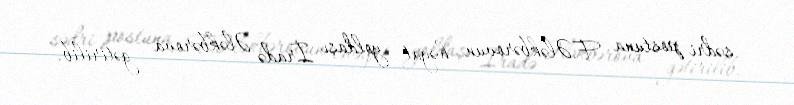
sədri postuna F.Ələkbərovun həyat yoldaşı İradə Ələkbərova gətirilib.